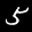
Label: 5